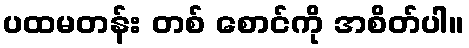
ပထမတန်း တစ် စောင်ကို အစိတ်ပါ။